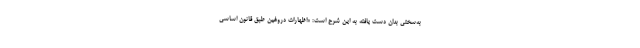
به‌سختی بدان دست یافته به این شرح است: «اظهارات دروغین طبق قانون اساسی